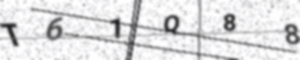
Text: T61Q88